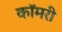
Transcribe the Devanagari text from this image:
कॉमरी